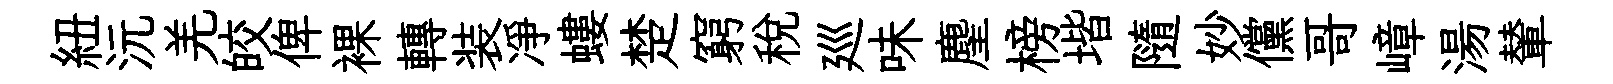
紐沅羌皎俾裸轉装凈螻楚窮税廵味麈榜堦隨妙儻哥嶂湯輦